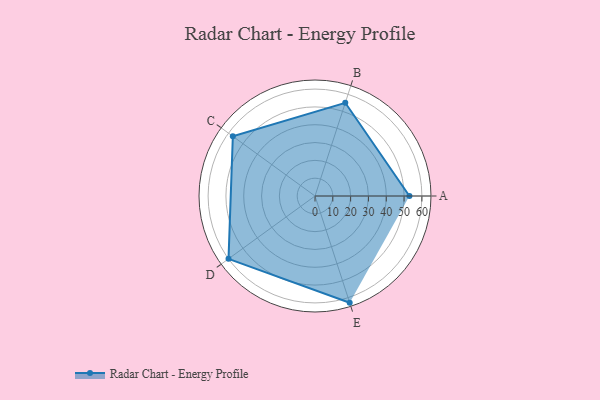
{"axis": {"x": "Skill", "y": "Score"}, "legend": ["Profile"], "data": [{"x": "A", "y": 53.0, "type": "Profile"}, {"x": "B", "y": 55.0, "type": "Profile"}, {"x": "C", "y": 57.0, "type": "Profile"}, {"x": "D", "y": 60.0, "type": "Profile"}, {"x": "E", "y": 63.0, "type": "Profile"}]}